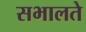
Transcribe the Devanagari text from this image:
सभालते